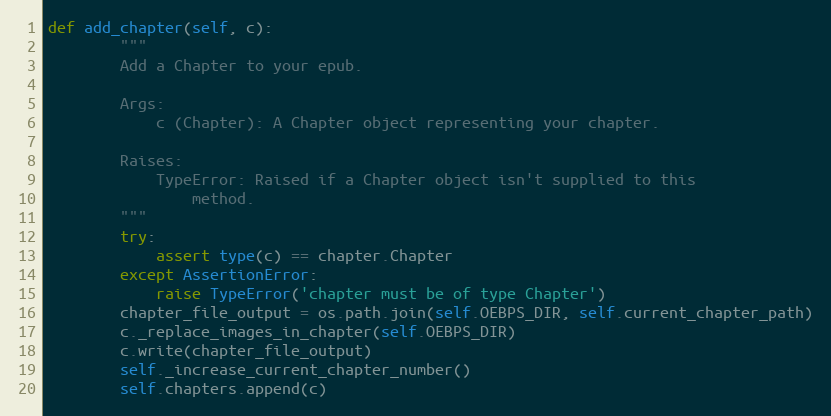
Language: Python
def add_chapter(self, c):
        """
        Add a Chapter to your epub.

        Args:
            c (Chapter): A Chapter object representing your chapter.

        Raises:
            TypeError: Raised if a Chapter object isn't supplied to this
                method.
        """
        try:
            assert type(c) == chapter.Chapter
        except AssertionError:
            raise TypeError('chapter must be of type Chapter')
        chapter_file_output = os.path.join(self.OEBPS_DIR, self.current_chapter_path)
        c._replace_images_in_chapter(self.OEBPS_DIR)
        c.write(chapter_file_output)
        self._increase_current_chapter_number()
        self.chapters.append(c)